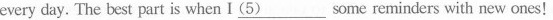
every day. The best part is when I \underline{(5)} some reminders with new ones!